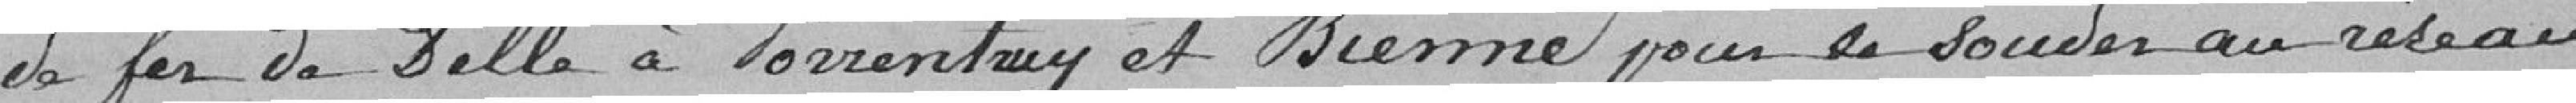
de fer de Delle à Porrentruy et Bienne pour le souder au réseau